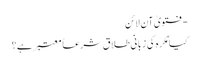
- فتویٰ آن لائن
کیا مُکرَہ کی زبانی طلاق شرعاً معتبر ہے؟